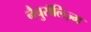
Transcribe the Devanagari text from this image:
नैचुरॉलिज़्म